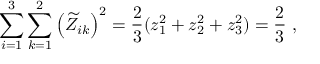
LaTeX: \sum _ { i = 1 } ^ { 3 } \sum _ { k = 1 } ^ { 2 } \left( \widetilde { Z } _ { i k } \right) ^ { 2 } = \frac { 2 } { 3 } ( z _ { 1 } ^ { 2 } + z _ { 2 } ^ { 2 } + z _ { 3 } ^ { 2 } ) = \frac { 2 } { 3 } \ ,